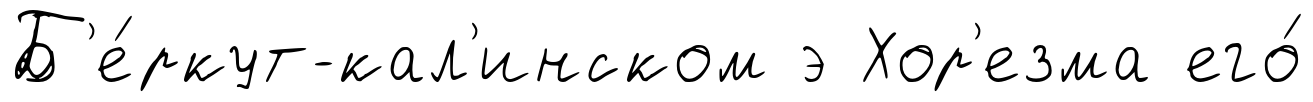
Б'е́ркут-кал'инском э Хор'езма его́